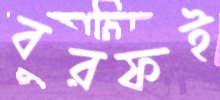
বরফই